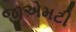
જીએમટી